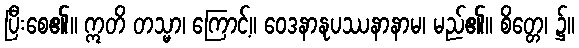
ပြီးစေ၏။ ဣတိ တသ္မာ၊ ကြောင့်။ ဝေဒနာနုပဿနာနာမ၊ မည်၏။ စိတ္တေ၊ ၌။